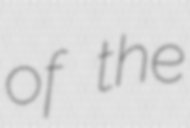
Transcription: of the